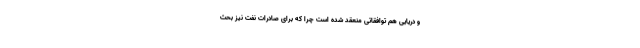
و دریایی هم توافقاتی منعقد شده است چرا که برای صادرات نفت نیز بحث